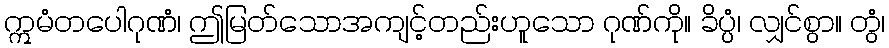
ဣမံတပေါဂုဏံ၊ ဤမြတ်သောအကျင့်တည်းဟူသော ဂုဏ်ကို။ ခိပ္ပံ၊ လျှင်စွာ။ တွံ၊